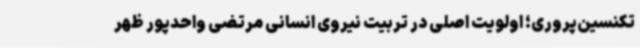
تکنسین‌پروری؛ اولویت اصلی در تربیت نیروی انسانی مرتضی واحدپور ظهر